Annual report on the health of the army in India
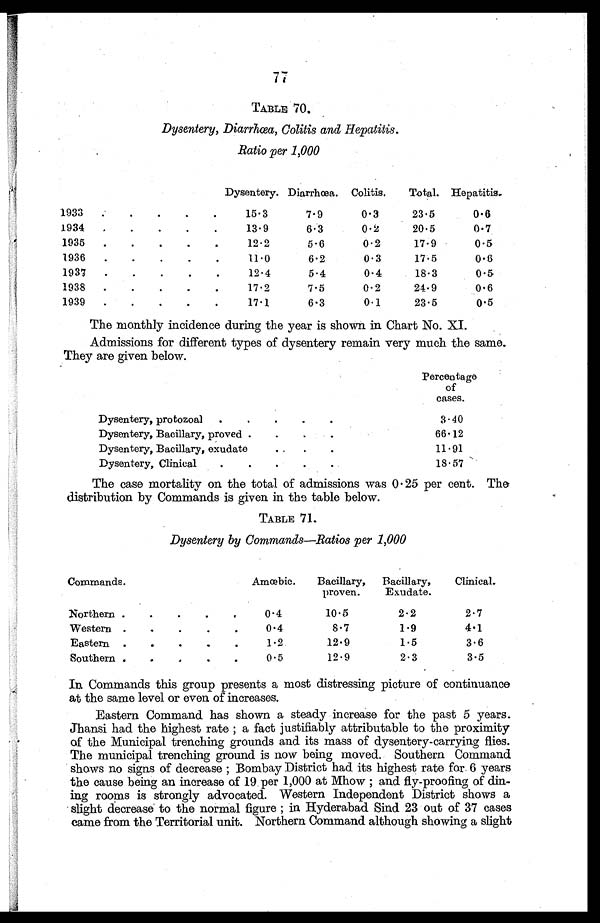
77
TABLE 70.
Dysentery, Diarrhœa, Colitis and Hepatitis.
Ratio per 1,000
Dysentery. Diarrhœa. Colitis.
Total. Hepatitis.
1933. . .
15.3
7.9
0.3
23.5
0.6
1934
. . .
13.9
6.3
0.2
20.5
0.7
1935
. . .
12.2
5.6
0.2
17.9
0.5
1936
. . .
11.0
6.2
0.3
17.5
0.6
1937
. . .
12.4
5.4
0.4
18.3
0.5
1938
. . .
17.2
7.5
0.2
24.9
0.6
1939
. . .
17.1
6.3
0.1
23.5
0.5
The monthly incidence during the year is shown in Chart No. XI.
Admissions for different types of dysentery remain very much the same.
They are given below.
Percentage
of
cases.
Dysentery, protozoal
. . .
3.40
Dysentery, Bacillary, proved . . .
66.12
Dysentery, Bacillary, exudate. . .
11.91
Dysentery, Clinical
. . .
18.57
The case mortality on the total of admissions was 0.25 per cent. The
distribution by Commands is given in the table below.
TABLE 71.
Dysentery by Commands—Ratios per 1,000
Commands.
Amœbic.
Bacillary,
proven.
Bacillary,
Exudate.
Clinical.
Northern . . .
0.4
10.5
2.2
2.7
Western . . .
0.4
8.7
1.9
4.1
Eastern . . .
1.2
12.9
1.5
3.6
Southern . . .
0.5
12.9
2.3
3.5
In Commands this group presents a most distressing picture of continuance
at the same level or even of increases.
Eastern Command has shown a steady increase for the past 5 years.
Jhansi had the highest rate ; a fact justifiably attributable to the proximity
of the Municipal trenching grounds and its mass of dysentery-carrying flies.
The municipal trenching ground is now being moved. Southern Command
shows no signs of decrease ; Bombay District had its highest rate for 6 years
the cause being an increase of 19 per 1,000 at Mhow ; and fly-proofing of din-
ing rooms is strongly advocated. Western Independent District shows a
slight decrease to the normal figure ; in Hyderabad Sind 23 out of 37 cases
came from the Territorial unit. Northern Command although showing a slight